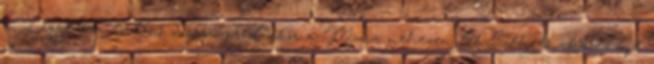
a Légrádra történő visszavonuláskor a Mura nehezen leküzdhető akadályt